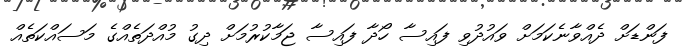
ފަންޑަށް ދެއްވާނެކަމަށް ވައުދުވި ފައިސާ ހޯދާ ފައިސާ ޖަމާކުރުމަށް ދިގު މުއްދަތެއްގެ މަސައްކަތެއް